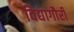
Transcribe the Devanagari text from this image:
विद्यागौरी